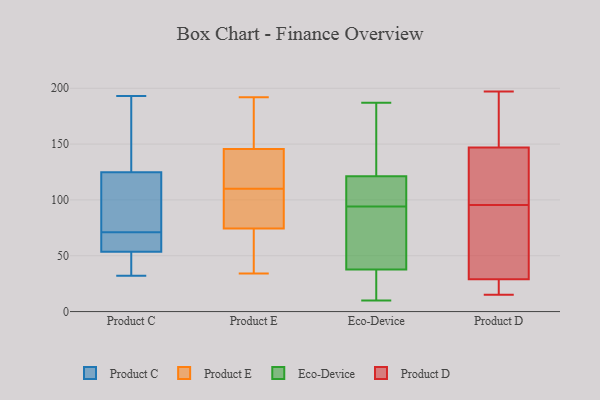
{"axis": {"x": "Headcount", "y": "Value"}, "legend": ["Eco-Device", "Product C", "Product D", "Product E"], "data": [{"x": "", "y": 71, "type": "Product C"}, {"x": "", "y": 125, "type": "Product C"}, {"x": "", "y": 41, "type": "Product C"}, {"x": "", "y": 53, "type": "Product C"}, {"x": "", "y": 85, "type": "Product C"}, {"x": "", "y": 32, "type": "Product C"}, {"x": "", "y": 124, "type": "Product C"}, {"x": "", "y": 193, "type": "Product C"}, {"x": "", "y": 55, "type": "Product C"}, {"x": "", "y": 180, "type": "Product C"}, {"x": "", "y": 64, "type": "Product C"}, {"x": "", "y": 148, "type": "Product E"}, {"x": "", "y": 77, "type": "Product E"}, {"x": "", "y": 159, "type": "Product E"}, {"x": "", "y": 192, "type": "Product E"}, {"x": "", "y": 123, "type": "Product E"}, {"x": "", "y": 159, "type": "Product E"}, {"x": "", "y": 89, "type": "Product E"}, {"x": "", "y": 38, "type": "Product E"}, {"x": "", "y": 97, "type": "Product E"}, {"x": "", "y": 132, "type": "Product E"}, {"x": "", "y": 49, "type": "Product E"}, {"x": "", "y": 34, "type": "Product E"}, {"x": "", "y": 143, "type": "Product E"}, {"x": "", "y": 72, "type": "Product E"}, {"x": "", "y": 138, "type": "Product E"}, {"x": "", "y": 87, "type": "Product E"}, {"x": "", "y": 187, "type": "Eco-Device"}, {"x": "", "y": 28, "type": "Eco-Device"}, {"x": "", "y": 34, "type": "Eco-Device"}, {"x": "", "y": 119, "type": "Eco-Device"}, {"x": "", "y": 117, "type": "Eco-Device"}, {"x": "", "y": 49, "type": "Eco-Device"}, {"x": "", "y": 10, "type": "Eco-Device"}, {"x": "", "y": 51, "type": "Eco-Device"}, {"x": "", "y": 182, "type": "Eco-Device"}, {"x": "", "y": 94, "type": "Eco-Device"}, {"x": "", "y": 122, "type": "Eco-Device"}, {"x": "", "y": 30, "type": "Product D"}, {"x": "", "y": 108, "type": "Product D"}, {"x": "", "y": 20, "type": "Product D"}, {"x": "", "y": 147, "type": "Product D"}, {"x": "", "y": 197, "type": "Product D"}, {"x": "", "y": 15, "type": "Product D"}, {"x": "", "y": 169, "type": "Product D"}, {"x": "", "y": 17, "type": "Product D"}, {"x": "", "y": 75, "type": "Product D"}, {"x": "", "y": 123, "type": "Product D"}, {"x": "", "y": 152, "type": "Product D"}, {"x": "", "y": 87, "type": "Product D"}, {"x": "", "y": 147, "type": "Product D"}, {"x": "", "y": 104, "type": "Product D"}, {"x": "", "y": 40, "type": "Product D"}, {"x": "", "y": 29, "type": "Product D"}, {"x": "", "y": 20, "type": "Product D"}, {"x": "", "y": 191, "type": "Product D"}]}